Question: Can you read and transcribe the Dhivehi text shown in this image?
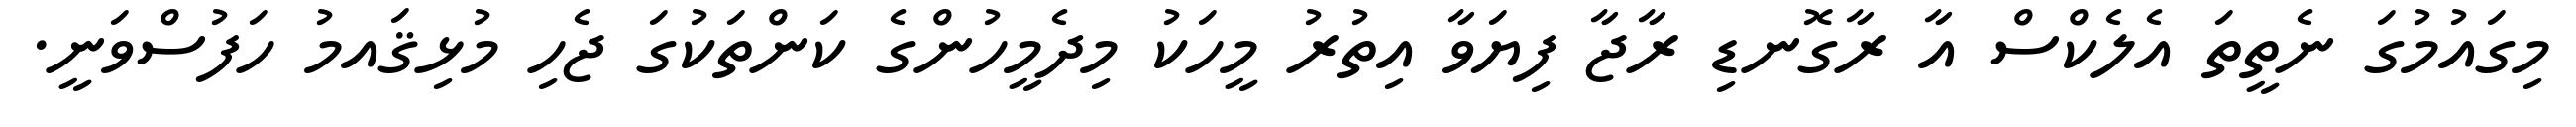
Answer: މިގައުމުގަ ނެތީތަ އެލެކްސް އާ ރާގޮނޑި ރާޖާ ފިޔަވާ އިތުރު މީހަކު މިދެމީހުންގެ ކަންތަކުގަ ޖެހި މުޅިޤައމު ހަފުސްވަނީ.